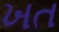
ખત